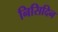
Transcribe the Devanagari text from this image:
निसिदिन